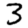
Digit: 3